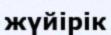
жүйірік